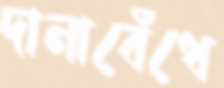
দানাবেঁধে